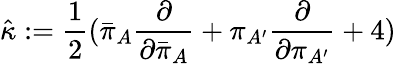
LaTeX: {\hat{\kappa}}:={\frac{1}{2}}{({\bar{\pi}}_{A}{\frac{\partial}{\partial{\bar{\pi}}_{A}}}+\pi_{A^{\prime}}{\frac{\partial}{\partial\pi_{A^{\prime}}}}+4)}